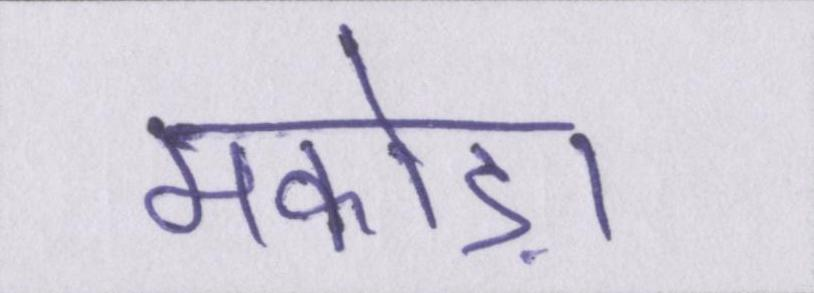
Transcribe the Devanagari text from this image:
मकोड़ा